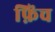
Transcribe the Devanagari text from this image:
फ़िंच